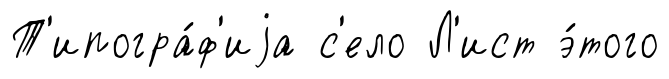
Т'ипогра́ф'иjа с'ело Л'ист э́того